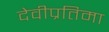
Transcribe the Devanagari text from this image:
देवीप्रतिमा